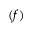
( f )